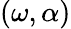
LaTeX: (\omega,\alpha)